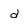
Character: d